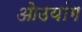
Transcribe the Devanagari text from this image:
ओउयांग